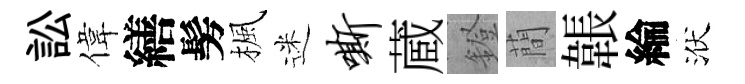
訟偉繕髣楓迷嘶蔵鐙蕳韔綸洑